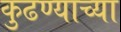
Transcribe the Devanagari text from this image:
कुढण्याच्या